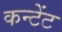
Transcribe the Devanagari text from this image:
कन्टेंट